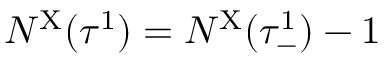
N ^ { \mathrm { X } } ( \tau ^ { 1 } ) = N ^ { \mathrm { X } } ( \tau _ { - } ^ { 1 } ) - 1